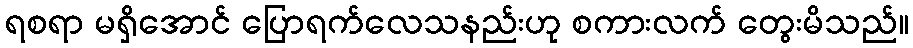
ရစရာ မရှိအောင် ပြောရက်လေသနည်းဟု စကားလက် တွေးမိသည်။